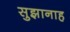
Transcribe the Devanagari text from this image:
सुझानाह